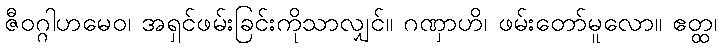
ဇီဝဂ္ဂါဟမေဝ၊ အရှင်ဖမ်းခြင်းကိုသာလျှင်။ ဂဏှာဟိ၊ ဖမ်းတော်မူလော။ ဧတ္ထ၊